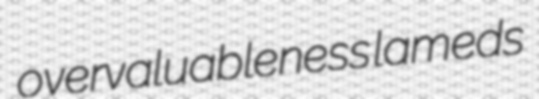
overvaluableness lameds